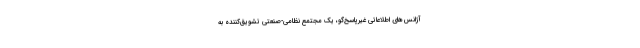
آژانس‌های اطلاعاتی غیرپاسخ‌گو، یک مجتمع نظامی-صنعتی تشویق‌کننده به